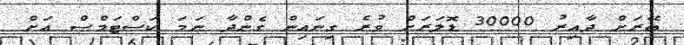
ބޭރަށް ދާއިރު 30000 ޑޮލަރަށް ވުރެ ގިނައިން ގެންދާ ނަމަ ކަސްޓަމްސް އަށް